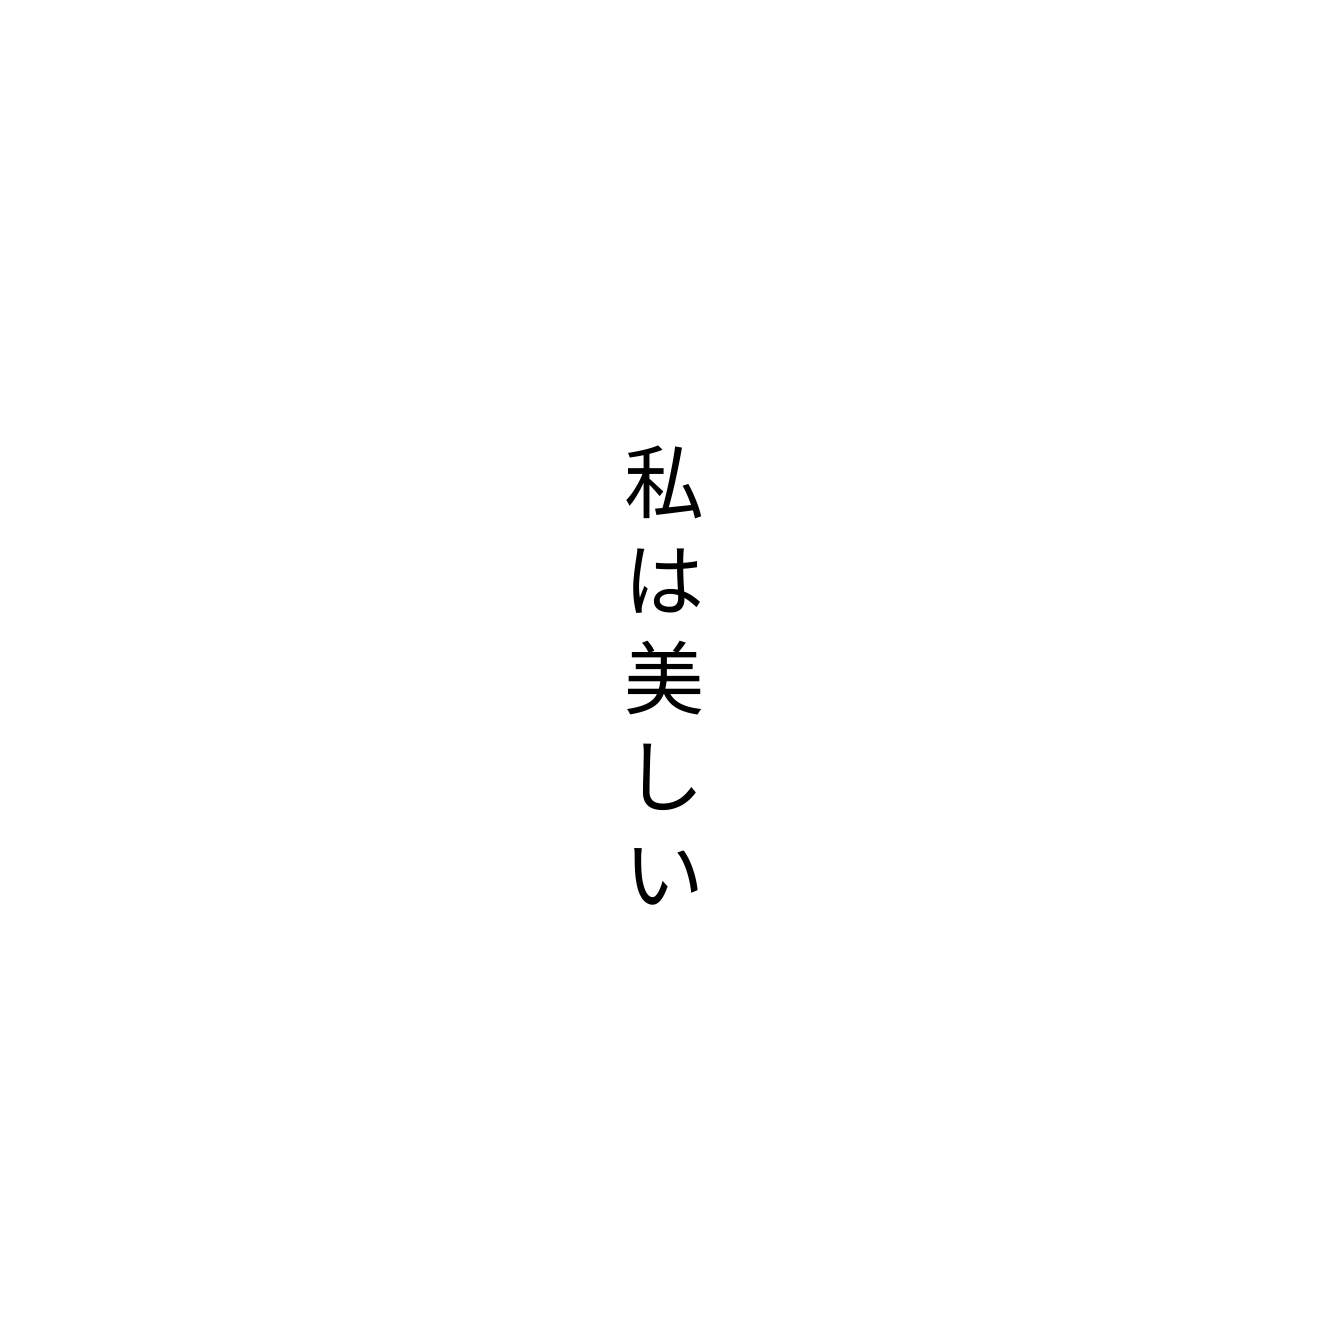
私は美しい